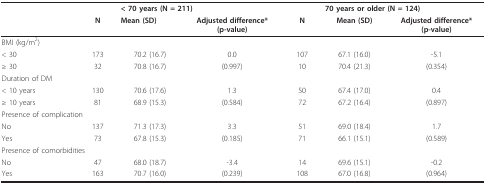
<table><thead><tr><td></td><td></td><td colspan="2"><b>&lt; 70 years (N = 211)</b></td><td></td><td colspan="2"><b>70 years or older (N = 124)</b></td></tr><tr><td></td><td><b>N</b></td><td><b>Mean (SD)</b></td><td><b>Adjusted difference*(p-value)</b></td><td><b>N</b></td><td><b>Mean (SD)</b></td><td><b>Adjusted difference*(p-value)</b></td></tr></thead><tbody><tr><td>BMI (kg/m<sup>2</sup>)</td><td></td><td></td><td></td><td></td><td></td><td></td></tr><tr><td>&lt; 30</td><td>173</td><td>70.2 (16.7)</td><td>0.0</td><td>107</td><td>67.1 (16.0)</td><td>-5.1</td></tr><tr><td>≥ 30</td><td>32</td><td>70.8 (16.7)</td><td>(0.997)</td><td>10</td><td>70.4 (21.3)</td><td>(0.354)</td></tr><tr><td>Duration of DM</td><td></td><td></td><td></td><td></td><td></td><td></td></tr><tr><td>&lt; 10 years</td><td>130</td><td>70.6 (17.6)</td><td>1.3</td><td>50</td><td>67.4 (17.0)</td><td>0.4</td></tr><tr><td>≥ 10 years</td><td>81</td><td>68.9 (15.3)</td><td>(0.584)</td><td>72</td><td>67.2 (16.4)</td><td>(0.897)</td></tr><tr><td colspan="3">Presence of complication</td><td></td><td></td><td></td><td></td></tr><tr><td>No</td><td>137</td><td>71.3 (17.3)</td><td>3.3</td><td>51</td><td>69.0 (18.4)</td><td>1.7</td></tr><tr><td>Yes</td><td>73</td><td>67.8 (15.3)</td><td>(0.185)</td><td>71</td><td>66.1 (15.1)</td><td>(0.589)</td></tr><tr><td colspan="3">Presence of comorbidities</td><td></td><td></td><td></td><td></td></tr><tr><td>No</td><td>47</td><td>68.0 (18.7)</td><td>-3.4</td><td>14</td><td>69.6 (15.1)</td><td>-0.2</td></tr><tr><td>Yes</td><td>163</td><td>70.7 (16.0)</td><td>(0.239)</td><td>108</td><td>67.0 (16.8)</td><td>(0.964)</td></tr></tbody></table>